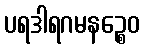
ပရဒါရဂမနဉ္စေဝ